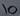
Text: 10